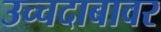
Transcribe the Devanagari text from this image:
उच्चदाबावर